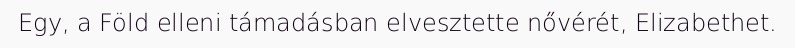
Egy, a Föld elleni támadásban elvesztette nővérét, Elizabethet.